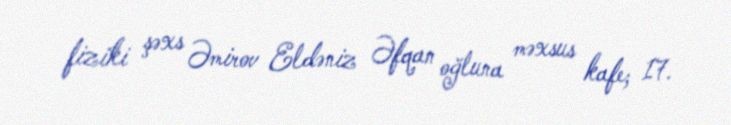
fiziki şəxs Əmirov Eldəniz Əfqan oğluna məxsus kafe; 17.